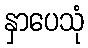
နှာပေသုံ